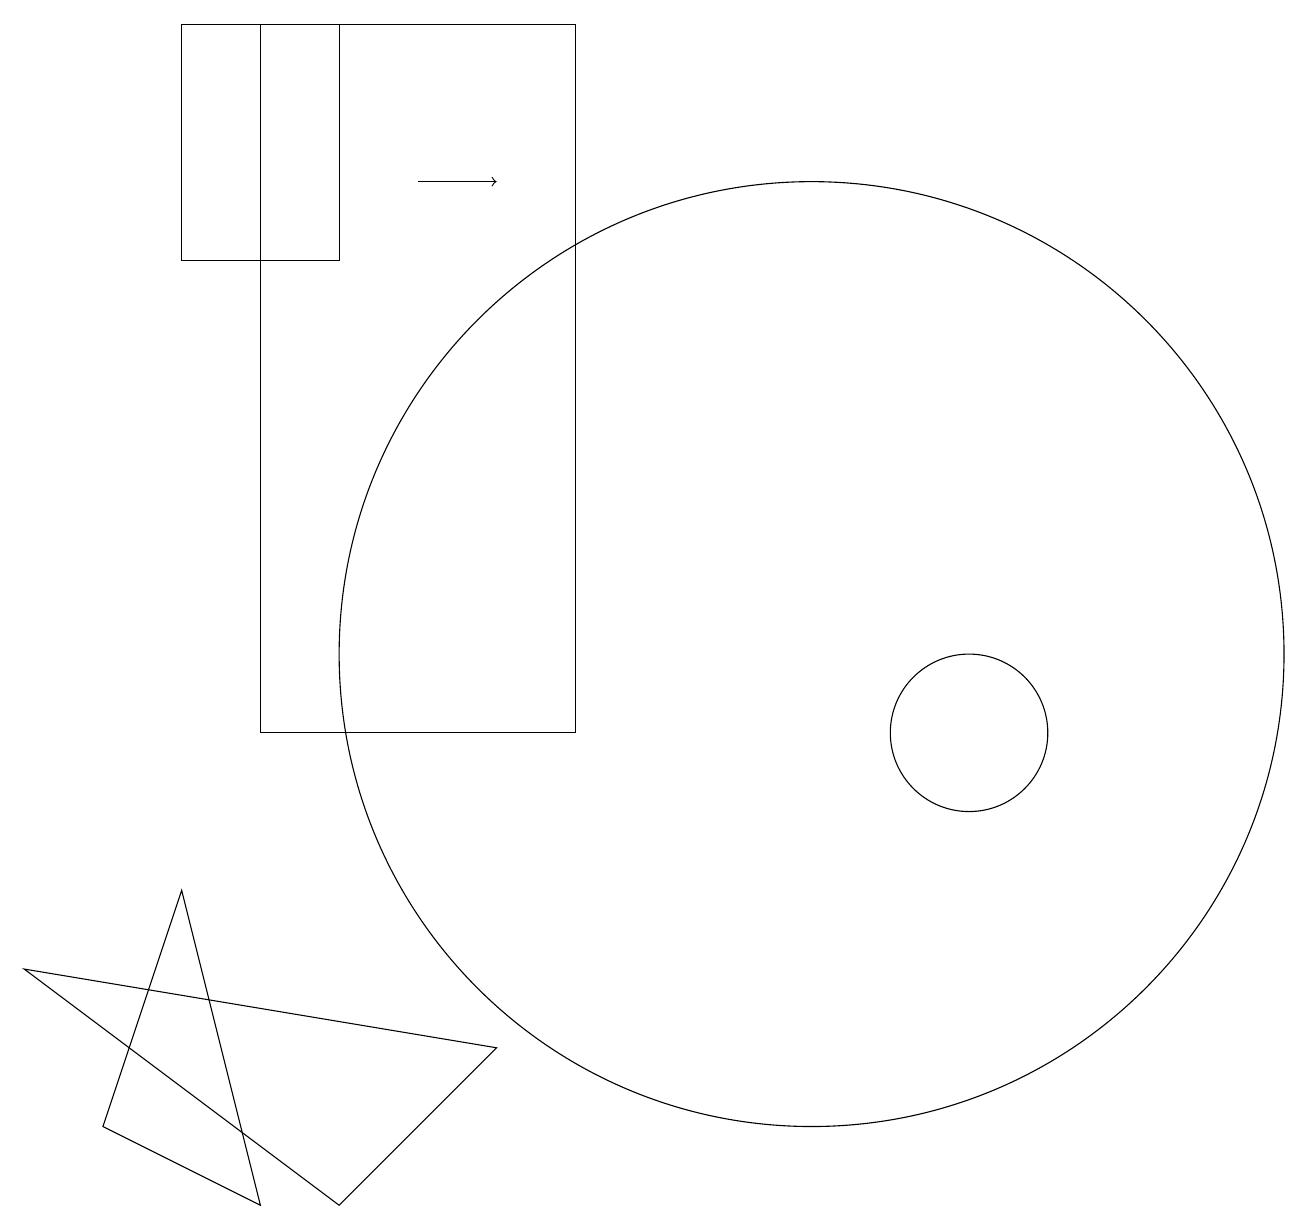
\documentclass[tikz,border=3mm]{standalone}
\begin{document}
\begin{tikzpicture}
\draw (6,6) -- (0,7) -- (4,4) -- cycle;
\draw (10,11) circle (6);
\draw (2,8) -- (3,4) -- (1,5) -- cycle;
\draw (12,10) circle (1);
\draw (4,16) rectangle (2,19);
\draw (3,10) rectangle (7,19);
\draw[->] (5,17) -- (6,17);
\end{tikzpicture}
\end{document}